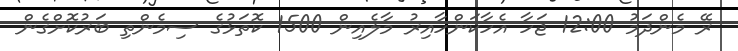
ރޭ މެންދަމު 12:00 ޖަހާ އެހާކަންހާއިރު މާލެއިން 1500 ކޮތަޅުގެ ސިމެންތި ބަރުކޮށްގެން